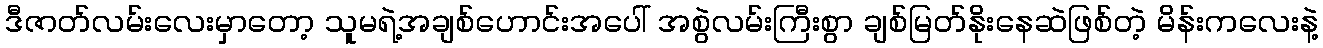
ဒီဇာတ်လမ်းလေးမှာတော့ သူမရဲ့အချစ်ဟောင်းအပေါ် အစွဲလမ်းကြီးစွာ ချစ်မြတ်နိုးနေဆဲဖြစ်တဲ့ မိန်းကလေးနဲ့